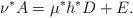
LaTeX: \begin{align*}\nu^* A = \mu^* h^*D + E.\end{align*}